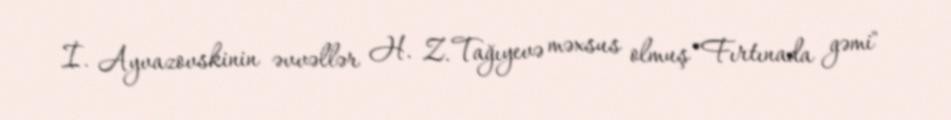
İ. Ayvazovskinin əvvəllər H. Z. Tağıyevə məxsus olmuş "Fırtınada gəmi"